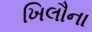
ખિલૌના